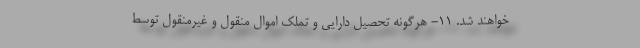
خواهند شد. ۱۱- هرگونه تحصیل دارایی و تملک اموال منقول و غیرمنقول توسط